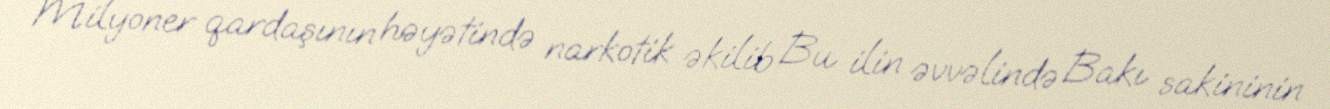
Milyoner qardaşının həyətində narkotik əkilib Bu ilin əvvəlində Bakı sakininin